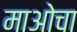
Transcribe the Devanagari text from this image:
माओचा